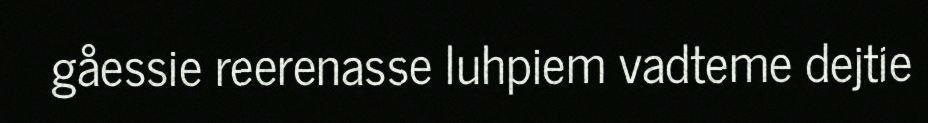
gåessie reerenasse luhpiem vadteme dejtie